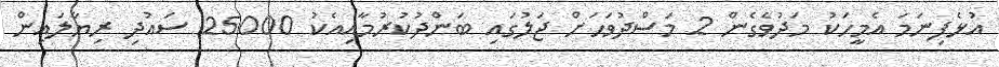
އުޅެފިނަމަ އެމީހަކު މަދުވެގެން 2 މަސްދުވަހަށް ޖަލުގައި ބަންދުކުރުމާއިއެކު 25000 ސައުދި ރިޔާލައިން